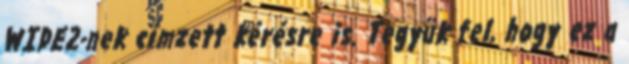
WIDE2-nek címzett kérésre is. Tegyük fel, hogy ez a